Annual report of the Central Committee of the Association together with the report of the directors of the Pasteur Institute at Kasauli
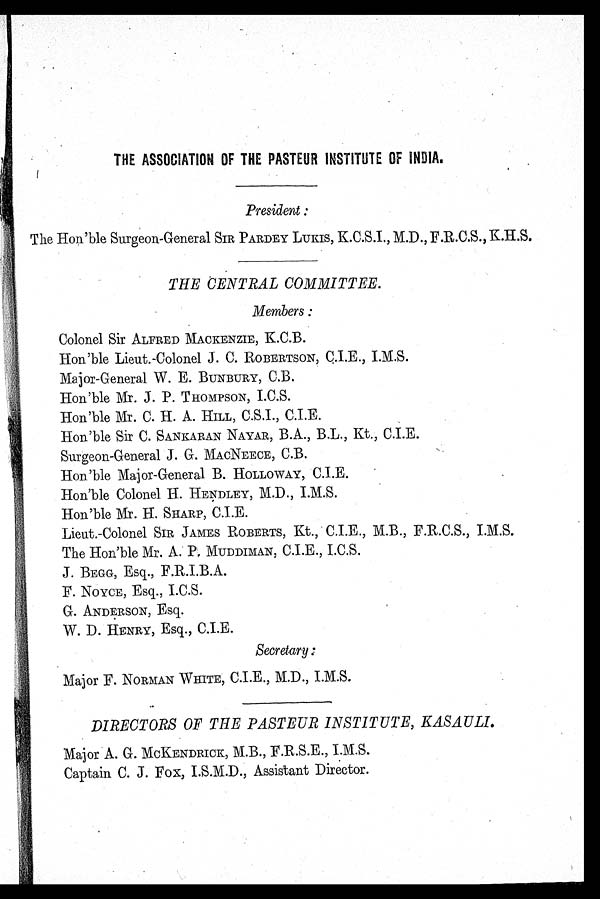
THE ASSOCIATION OF THE PASTEUR INSTITUTE OF INDIA.
President :
The Hon'ble Surgeon-General SIR PARDEY Lulus, K.C.S.I., M.D. F.R.C.S., K.H.S.
THE CENTRAL COMMITTEE.
Members
Colonel Sir ALFRED MACKENZIE, K.C.B.
Hon'ble Lieut.-Colonel J. C. ROBERTSON, C.I.E., I.M.S.
Major-General W. E. BUNBURY, C.B.
Hon'ble Mr. J. P. THOMPSON, I.C.S.
'1
Hon'ble Mr. C. H. A. HILL, C.S.I., C.I.E.
Hon'ble Sir C. SANKARAN NAYAR, B.A., B.L., Kt., C.I.E.
t\
Surgeon-General J. G. MACNEECE, C.B.
•
Hon'ble Major-General B. HOLLOWAY, C.I.E.
Hon'ble Colonel H. HENDLEY, M.D., I.M.S.
Hon'ble Mr. H. SHARP, C.I.E.
Lieut.-Colonel SIR JAMES ROBERTS, Kt., C.I.E., M.B., F.R.C.S., I.M.S.
The Hon'ble Mr. A. Pe MUDDIMAN, C.I.E., I.C.S.
J. BEGG, Esq., F.R.I.B.A.
F. NOYCE, Esq., I.C.S.
G. ANDERSON, Esq.
W. D. HENRY, Esq., C.I.E.
1,
Secretary:
Major F. NORMAN WHITE, C.I.E., M.D., I.M.S.
t
DIRECTORS OF THE PASTEUR INSTITUTE, KASAULI.
Major A. G. MCKENDRICK, M.B. F.R.S.E., I.M.S.
Captain C. J. Fox, I.S.M.D., Assistant Director.